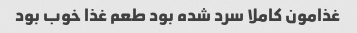
غذامون کاملا سرد شده بود طعم غذا خوب بود